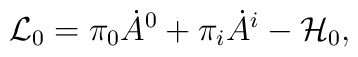
{\cal L}_{0} = \pi_{0}\dot{A}^{0}+\pi_i \dot{A}^i - {\cal H}_{0},